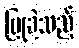
ပြုခဲ့သည့်